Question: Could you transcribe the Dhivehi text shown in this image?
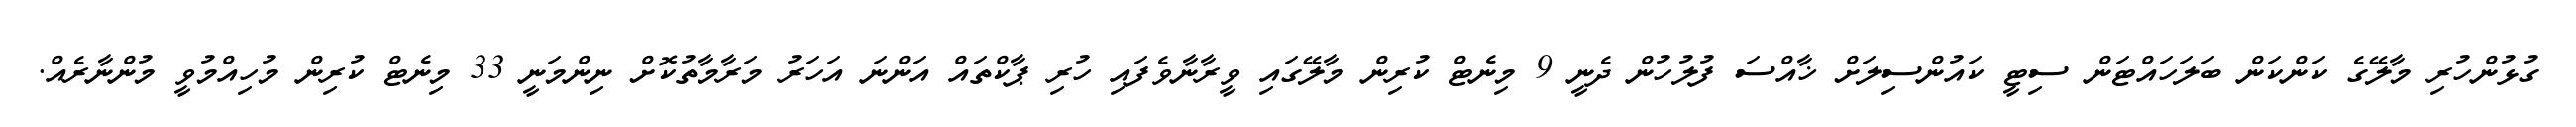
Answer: ގުޅުންހުރި މާލޭގެ ކަންކަން ބަލަހައްޓަން ސިޓީ ކައުންސިލަށް ޚާއްސަ ފުލުހުން ދެނީ 9 މިނެޓް ކުރިން މާލޭގައި ވީރާނާވެފައި ހުރި ޕާކްތައް އަންނަ އަހަރު މަރާމާތުކޮށް ނިންމަނީ 33 މިނެޓް ކުރިން މުހިއްމުވީ މުންނާރެއް.